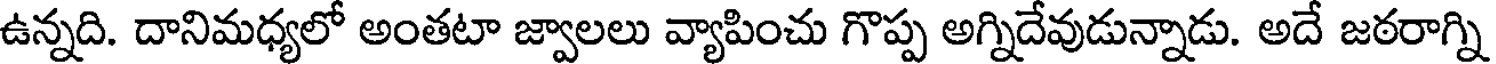
ఉన్నది. దానిమధ్యలో అంతటా జ్వాలలు వ్యాపించు గొప్ప అగ్నిదేవుడున్నాడు. అదే జఠరాగ్ని